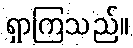
ရှာကြသည်။